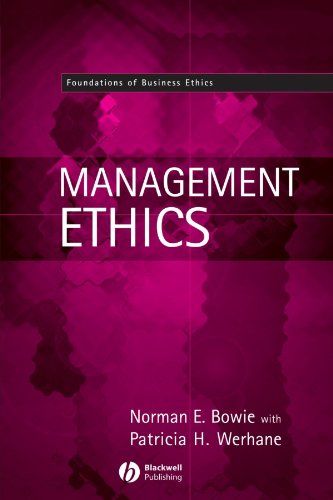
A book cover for Management Ethics; Norman E. Bowie; Business & Money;